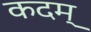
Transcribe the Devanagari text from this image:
कदम्